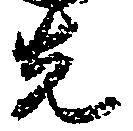
先